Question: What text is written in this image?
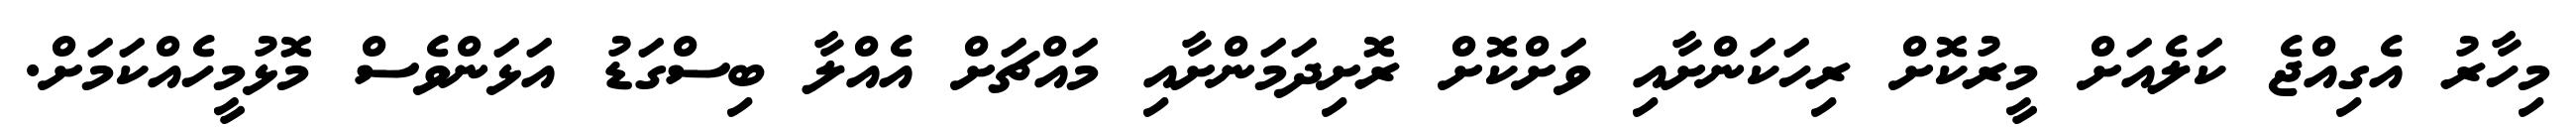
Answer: މިހާރު އެގިއްޖެ ކަލެއަށް މީރުކޮށް ރިހަކަންށާއި ވަށްކޮށް ރޮށިދަމަންށާއި މައްޗަށް އެއްލާ ބިސްގަޑު އަޅަންވެސް މޮޅުމީހެއްކަމަށް.